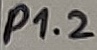
Text: P1.2